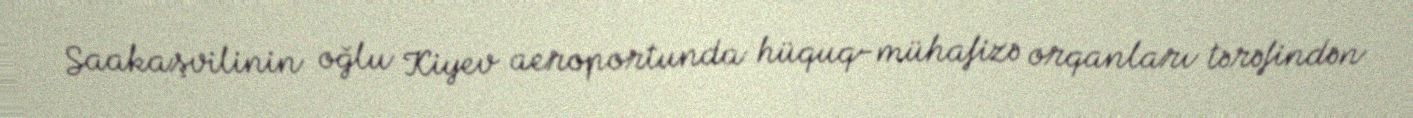
Saakaşvilinin oğlu Kiyev aeroportunda hüquq-mühafizə orqanları tərəfindən